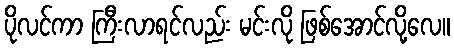
ပိုလင်ကာ ကြီးလာရင်လည်း မင်းလို ဖြစ်အောင်လို့လေ။